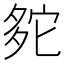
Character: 𡖟